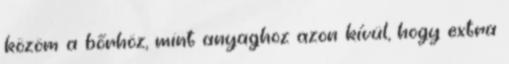
közöm a bőrhöz, mint anyaghoz azon kívül, hogy extra